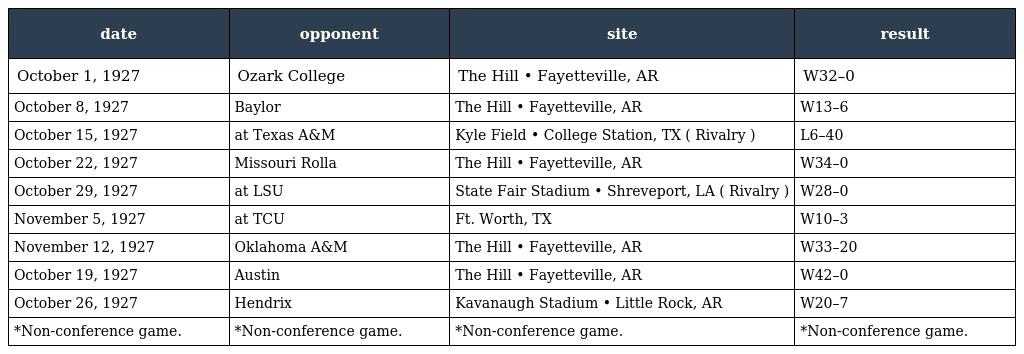
| date | opponent | site | result |
 | --- | --- | --- | --- |
 | October 1, 1927 | Ozark College | The Hill • Fayetteville, AR | W32–0 |
 | October 8, 1927 | Baylor | The Hill • Fayetteville, AR | W13–6 |
 | October 15, 1927 | at Texas A&M | Kyle Field • College Station, TX ( Rivalry ) | L6–40 |
 | October 22, 1927 | Missouri Rolla | The Hill • Fayetteville, AR | W34–0 |
 | October 29, 1927 | at LSU | State Fair Stadium • Shreveport, LA ( Rivalry ) | W28–0 |
 | November 5, 1927 | at TCU | Ft. Worth, TX | W10–3 |
 | November 12, 1927 | Oklahoma A&M | The Hill • Fayetteville, AR | W33–20 |
 | October 19, 1927 | Austin | The Hill • Fayetteville, AR | W42–0 |
 | October 26, 1927 | Hendrix | Kavanaugh Stadium • Little Rock, AR | W20–7 |
 | *Non-conference game. | *Non-conference game. | *Non-conference game. | *Non-conference game. |